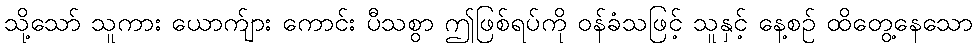
သို့သော် သူကား ယောက်ျား ကောင်း ပီသစွာ ဤဖြစ်ရပ်ကို ဝန်ခံသဖြင့် သူနှင့် နေ့စဉ် ထိတွေ့နေသော